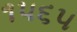
૧૫૬૫